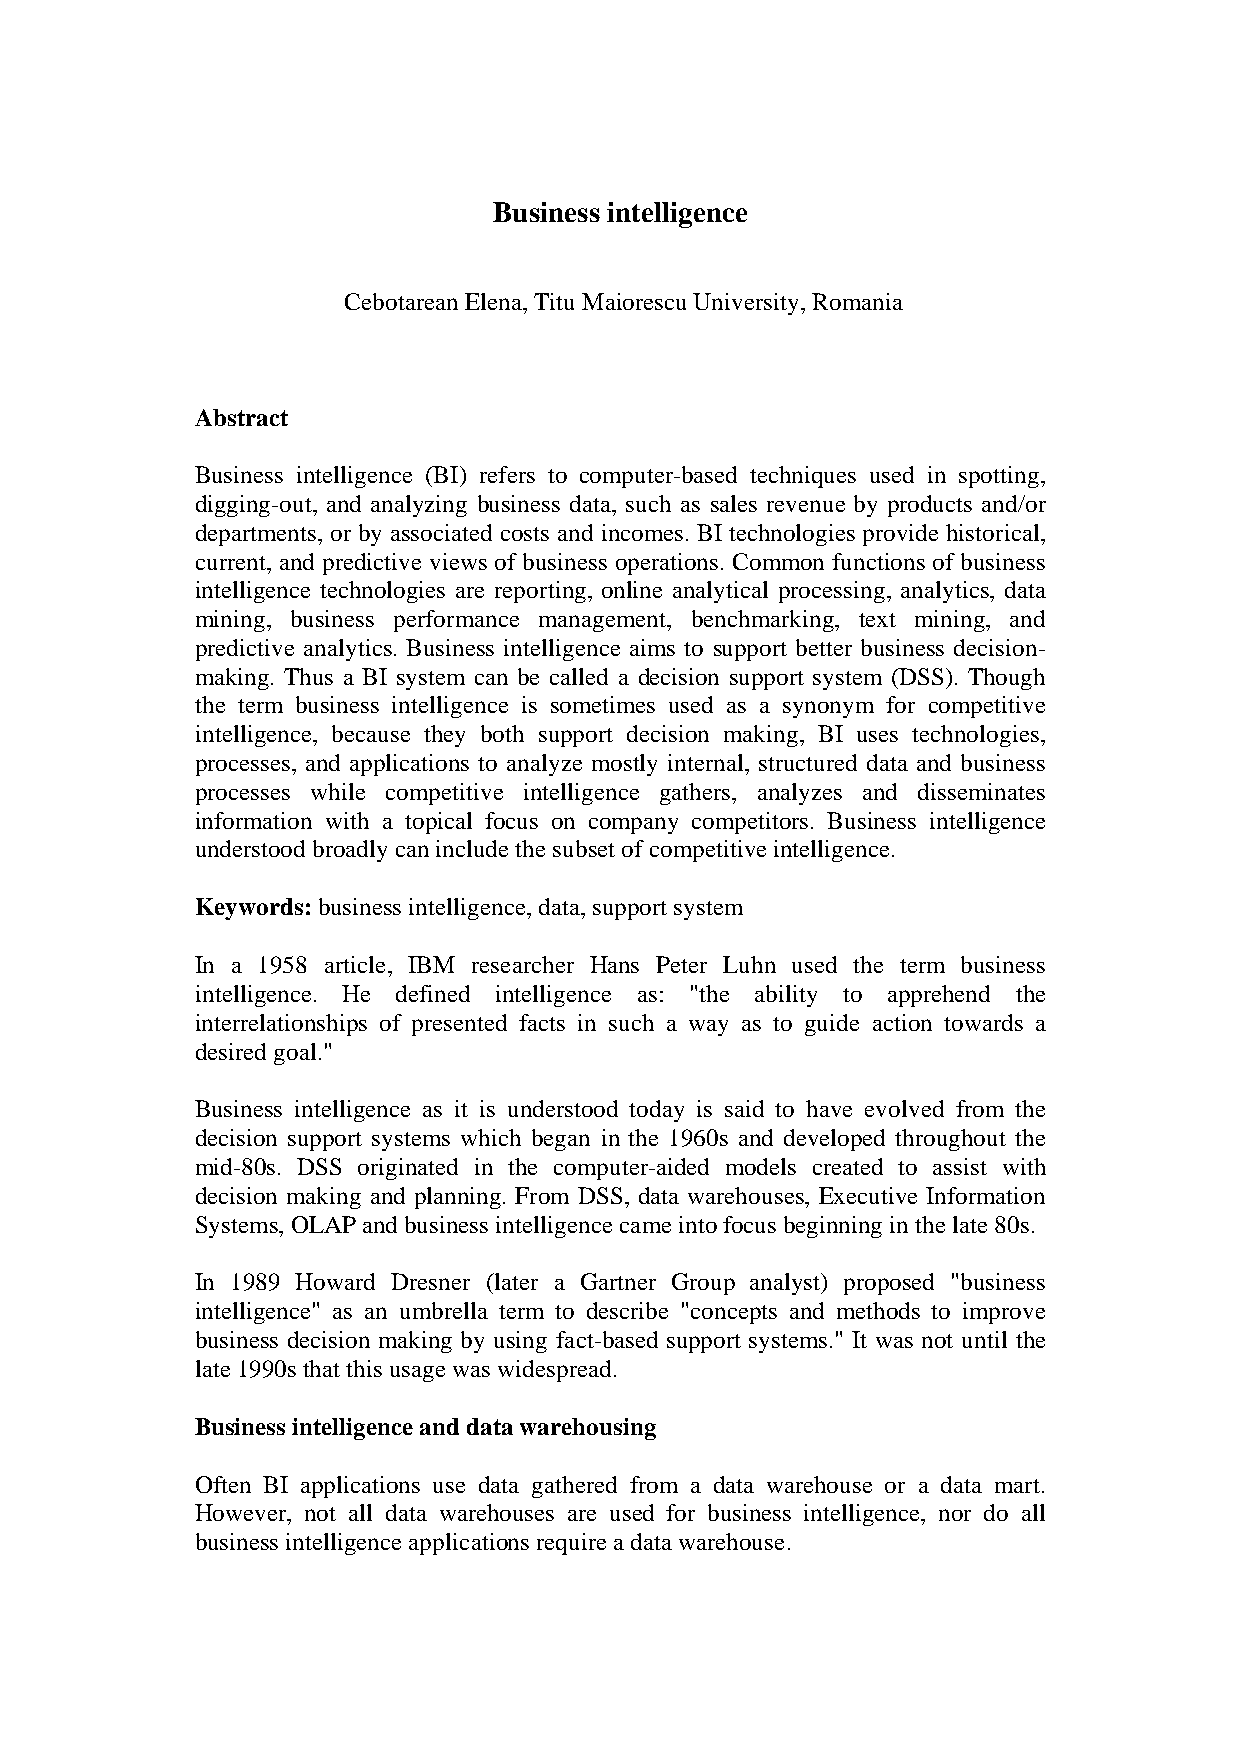
Business intelligence
 Cebotarean Elena, Titu Maiorescu University, Romania
 Abstract
 Business intelligence (BI) refers to computer-based techniques used in spotting,
 digging-out, and analyzing business data, such as sales revenue by products and/or
 departments, or by associated costs and incomes. BI technologies provide historical,
 current, and predictive views of business operations. Common functions of business
 intelligence technologies are reporting, online analytical processing, analytics, data
 mining, business performance management, benchmarking, text mining, and
 predictive analytics. Business intelligence aims to support better business decision-
 making. Thus a BI system can be called a decision support system (DSS). Though
 the term business intelligence is sometimes used as a synonym for competitive
 intelligence, because they both support decision making, BI uses technologies,
 processes, and applications to analyze mostly internal, structured data and business
 processes while competitive intelligence gathers, analyzes and disseminates
 information with a topical focus on company competitors. Business intelligence
 understood broadly can include the subset of competitive intelligence.
 Keywords: business intelligence, data, support system
 In a 1958 article, IBM researcher Hans Peter Luhn used the term business
 intelligence. He defined intelligence as: "the ability to apprehend the
 interrelationships of presented facts in such a way as to guide action towards a
 desired goal."
 Business intelligence as it is understood today is said to have evolved from the
 decision support systems which began in the 1960s and developed throughout the
 mid-80s. DSS originated in the computer-aided models created to assist with
 decision making and planning. From DSS, data warehouses, Executive Information
 Systems, OLAP and business intelligence came into focus beginning in the late 80s.
 In 1989 Howard Dresner (later a Gartner Group analyst) proposed "business
 intelligence" as an umbrella term to describe "concepts and methods to improve
 business decision making by using fact-based support systems." It was not until the
 late 1990s that this usage was widespread.
 Business intelligence and data warehousing
 Often BI applications use data gathered from a data warehouse or a data mart.
 However, not all data warehouses are used for business intelligence, nor do all
 business intelligence applications require a data warehouse.